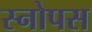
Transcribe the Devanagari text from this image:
स्नोपस